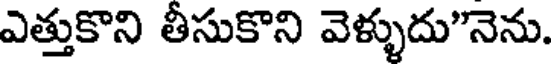
ఎత్తుకొని తీసుకొని వెళ్ళుదు"నెను.